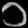
Digit: ၁